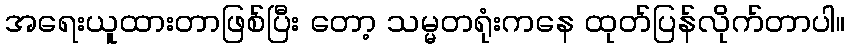
အရေးယူထားတာဖြစ်ပြီး တော့ သမ္မတရုံးကနေ ထုတ်ပြန်လိုက်တာပါ။